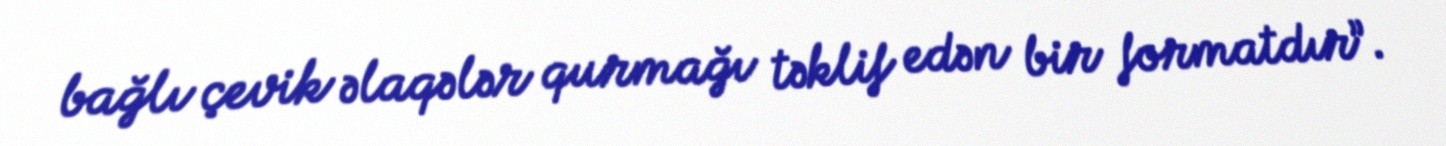
bağlı çevik əlaqələr qurmağı təklif edən bir formatdır”.